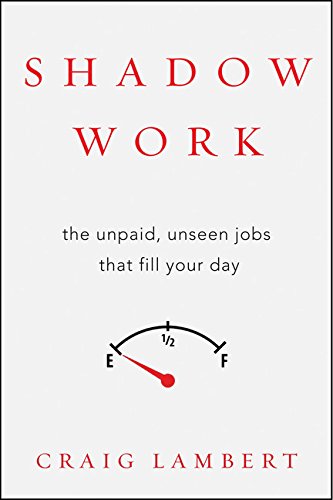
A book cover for Shadow Work: The Unpaid, Unseen Jobs That Fill Your Day; Craig Lambert; Business & Money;